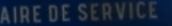
AIRE DE SERVICE